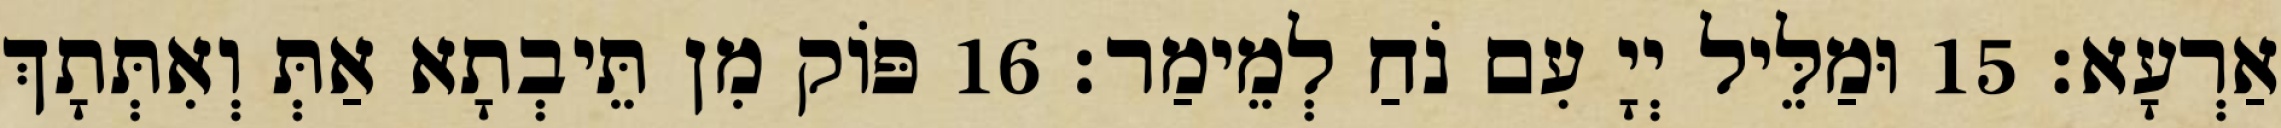
אַרְעָא׃ 15 וּמַלֵּיל יְיָ עִם נֹחַ לְמֵימַר׃ 16 פּוֹק מִן תֵּיבְתָא אַתְּ וְאִתְּתָךְ